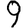
Digit: 9